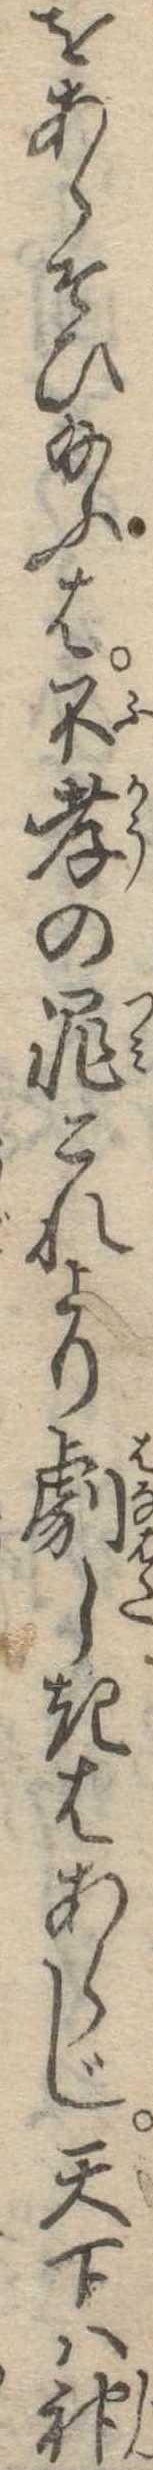
をあらそひ給ふは不孝の罪これより劇しきあらじ天下は神